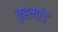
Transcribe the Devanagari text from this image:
बृहमांड